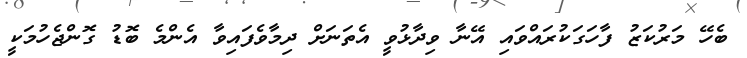
ބެހޭ މަރުކަޒު ފާހަގަކުރައްވައި އޭނާ ވިދާޅުވީ އެތަނަށް ދިމާވެފައިވާ އެންމެ ބޮޑު ގޮންޖެހުމަކީ